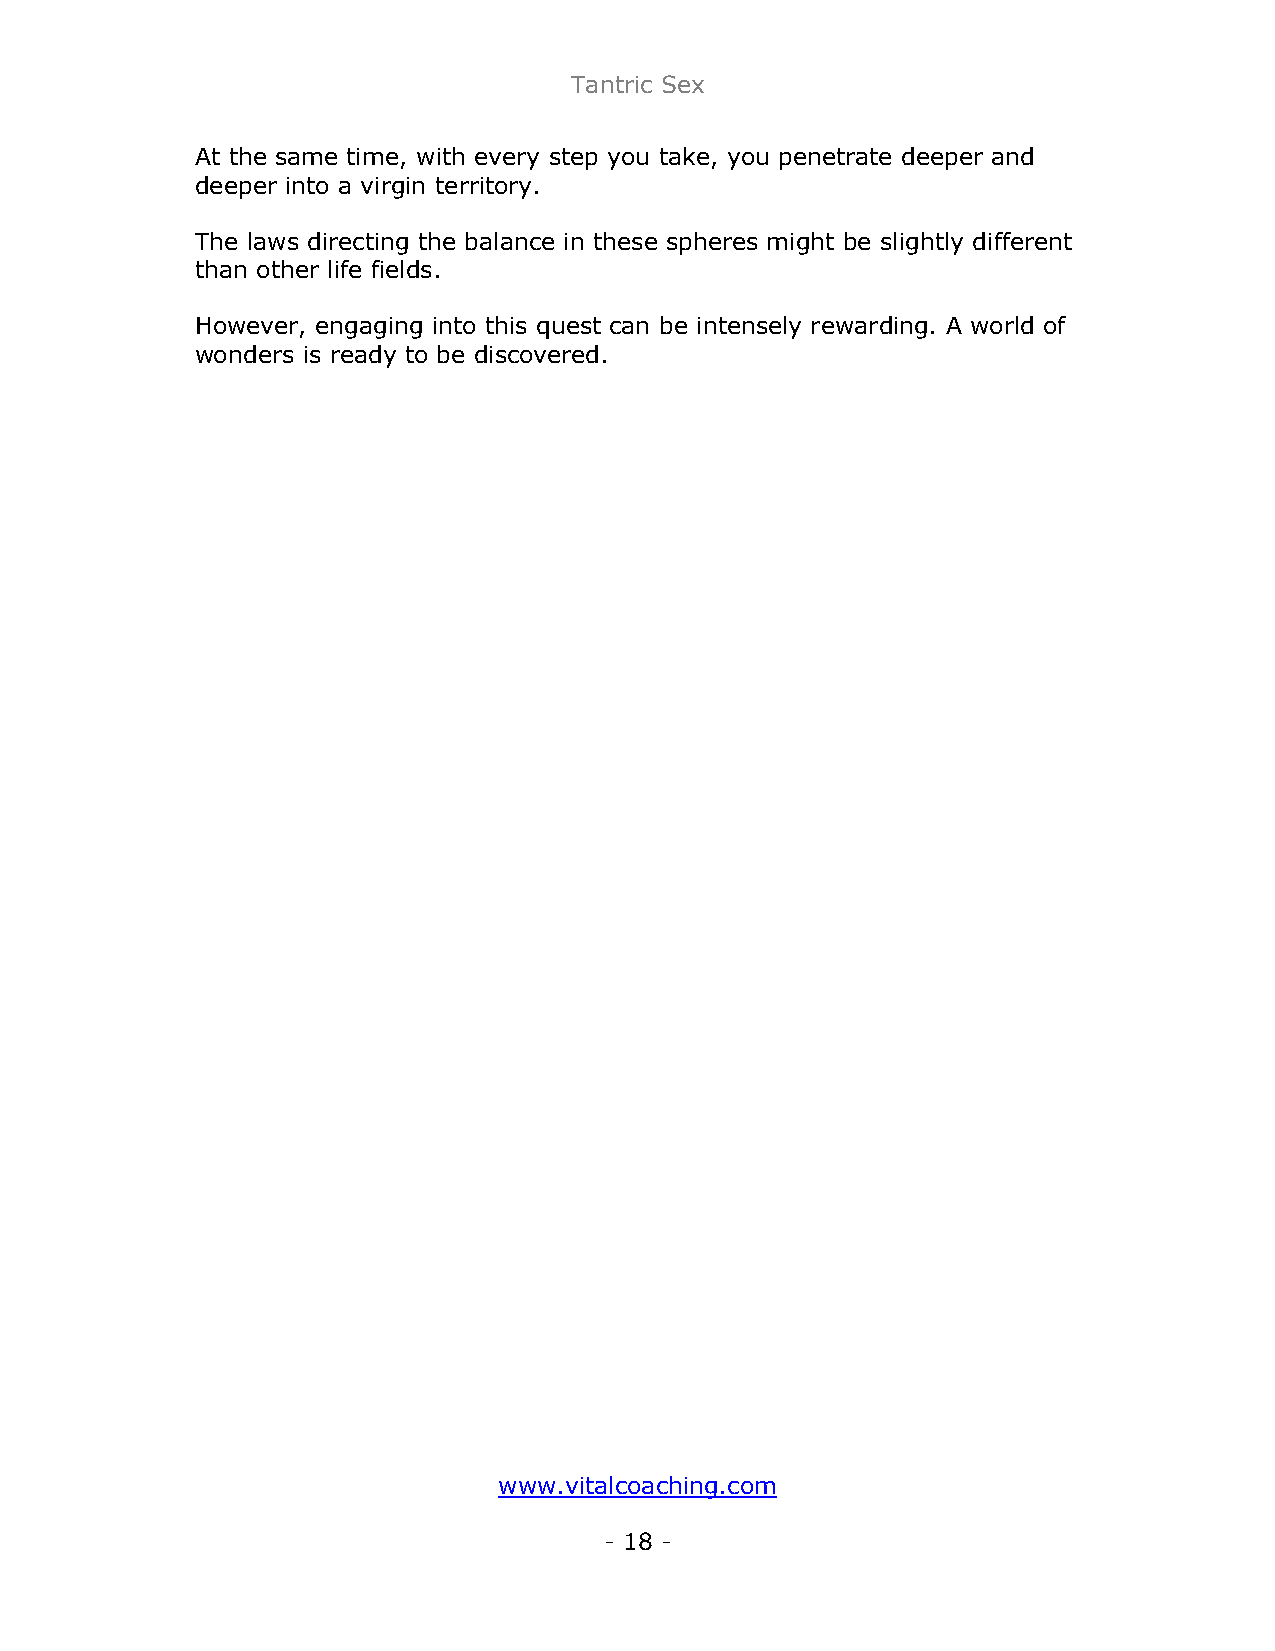
Tantric Sex
 At the same time, with every step you take, you penetrate deeper and
 deeper into a virgin territory.
 The laws directing the balance in these spheres might be slightly different
 than other life fields.
 However, engaging into this quest can be intensely rewarding. A world of
 wonders is ready to be discovered.
 www.vitalcoaching.com
 - 18 -